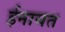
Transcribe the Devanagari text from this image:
ईनायत